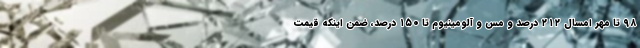
۹۸ تا مهر امسال ۲۱۲ درصد و مس و آلومینیوم تا ۱۵۰ درصد، ضمن اینکه قیمت